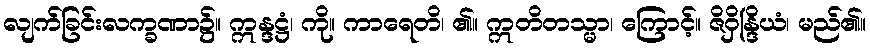
လျက်ခြင်းလက္ခဏာ၌။ ဣန္ဒဋ္ဌံ၊ ကို။ ကာရေတိ၊ ၏။ ဣတိတသ္မာ၊ ကြောင့်။ ဇိဝှိန္ဒြိယံ၊ မည်၏။